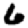
Digit: 6